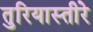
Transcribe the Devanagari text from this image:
तुरियास्तीरे